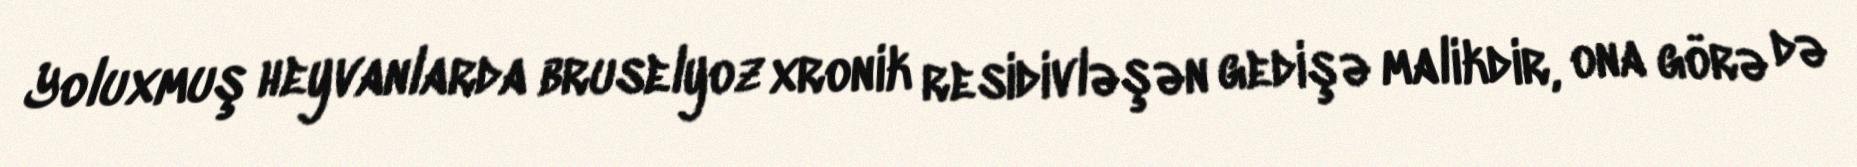
Yoluxmuş heyvanlarda bruselyoz xronik residivləşən gedişə malikdir, ona görə də